Report of the Indian Hemp Drugs Commission, 1894-1895 - Volume IV
Year: 1894
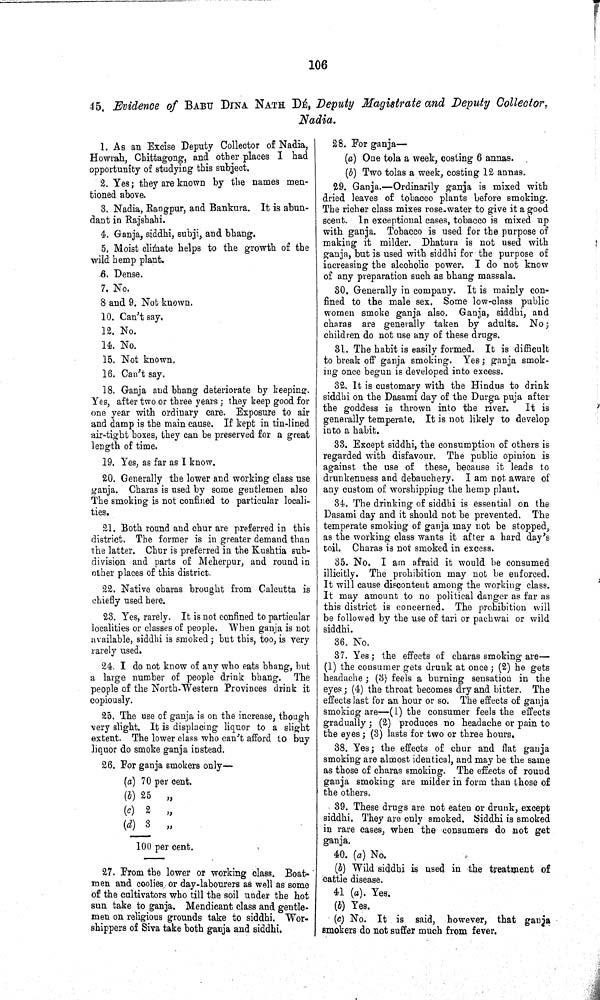
106
45. Evidence of BABU DINA NATH DÉ, Deputy Magistrate and Deputy Collector,
Nadia.
1. As an Excise Deputy Collector of Nadia,
Howrah, Chittagong, and other places I had
opportunity of studying this subject.
2. Yes; they are known by the names men¬
tioned above.
3. Nadia, Rangpur, and Bankura. It is abun¬
dant in Rajshahi.
4. Ganja, siddhi, subji, and bhang.
5. Moist climate helps to the growth of the
wild hemp plant.
6. Dense.
7. No.
8 and 9. Not known.
10. Can't say.
12. No.
14. No.
15. Not known.
16. Can't say.
18. Ganja and bhang deteriorate by keeping.
Yes, after two or three years; they keep good for
one year with ordinary care. Exposure to air
and damp is the main cause. If kept in tin-lined
air-tight boxes, they can be preserved for a great
length of time.
19. Yes, as far as I know.
20. Generally the lower and working class use
ganja. Charas is used by some gentlemen also
The smoking is not confined to particular locali¬
ties.
21. Both round and chur are preferred in this
district. The former is in greater demand than
the latter. Chur is preferred in the Kushtia sub¬
division and parts of Meherpur, and round in
other places of this district.
22. Native charas brought from Calcutta is
chiefly used here.
23. Yes, rarely. It is not confined to particular
localities or classes of people. When ganja is not
available, siddhi is smoked; but this, too, is very
rarely used.
24. I do not know of any who eats bhang, but
a large number of people drink bhang. The
people of the North-Western Provinces drink it
copiously.
25. The use of ganja is on the increase, though
very slight. It is displacing liquor to a slight
extent. The lower class who can't afford to buy
liquor do smoke ganja instead.
26. For ganja smokers only—
(a) 70 per cent.
(b) 25
"
(c) 2
"
(d) 3
"
100 per cent.
27. From the lower or working class. Boat¬
men and coolies or day-labourers as well as some
of the cultivators who till the soil under the hot
sun take to ganja. Mendicant class and gentle¬
men on religious grounds take to siddhi. Wor¬
shippers of Siva take both ganja and siddhi.
28. For ganja—
(a) One tola a week, costing 6 annas.
(b) Two tolas a week, costing 12 annas.
29. Ganja.—Ordinarily ganja is mixed with
dried leaves of tobacco plants before smoking.
The richer class mixes rose-water to give it a good
scent. In exceptional cases, tobacco is mixed up
with ganja. Tobacco is used for the purpose of
making it milder. Dhatura is not used with
ganja, but is used with siddhi for the purpose of
increasing the alcoholic power. I do not know
of any preparation such as bhang massala.
30. Generally in company. It is mainly con¬
fined to the male sex. Some low-class public
women smoke ganja also. Ganja, siddhi, and
charas are generally taken by adults. No;
children do not use any of these drugs.
31. The habit is easily formed. It is difficult
to break off ganja smoking. Yes; ganja smok¬
ing once begun is developed into excess.
32. It is customary with the Hindus to drink
siddhi on the Dasami day of the Durga puja after
the goddess is thrown into the river.
It is
generally temperate. It is not likely to develop
into a habit.
33. Except siddhi, the consumption of others is
regarded with disfavour. The public opinion is
against the use of these, because it leads to
drunkenness and debauchery. I am not aware of
any custom of worshipping the hemp plant.
34. The drinking of siddhi is essential on the
Dasami day and it should not be prevented. The
temperate smoking of ganja may not be stopped,
as the working class wants it after a hard day's
toil. Charas is not smoked in excess.
35. No. I am afraid it would be consumed
illicitly. The prohibition may not be enforced.
It will cause discontent among the working class.
It may amount to no political danger as far as
this district is concerned. The prohibition will
be followed by the use of tari or pachwai or wild
siddhi.
36. No.
37. Yes; the effects of charas smoking are—
(1) the consumer gets drunk at once; (2) he gets
headache; (3) feels a burning sensation in the
eyes; (4) the throat becomes dry and bitter. The
effects last for an hour or so. The effects of ganja
smoking are—(1) the consumer feels the effects
gradually; (2) produces no headache or pain to
the eyes; (3) lasts for two or three hours.
38. Yes; the effects of chur and flat ganja
smoking are almost identical, and may be the same
as those of charas smoking. The effects of round
ganja smoking are milder in form than those of
the others.
39. These drugs are not eaten or drunk, except
siddhi. They are only smoked. Siddhi is smoked
in rare cases, when the consumers do not get
ganja.
40. (a) No.
(b) Wild siddhi is used in the treatment of
cattle disease.
41 (a). Yes.
(b) Yes.
(c) No. It is said, however, that ganja
smokers do not suffer much from fever.